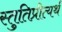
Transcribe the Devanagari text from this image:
स्तुतिप्रीत्यर्थ